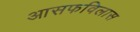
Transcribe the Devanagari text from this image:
आसफविलास